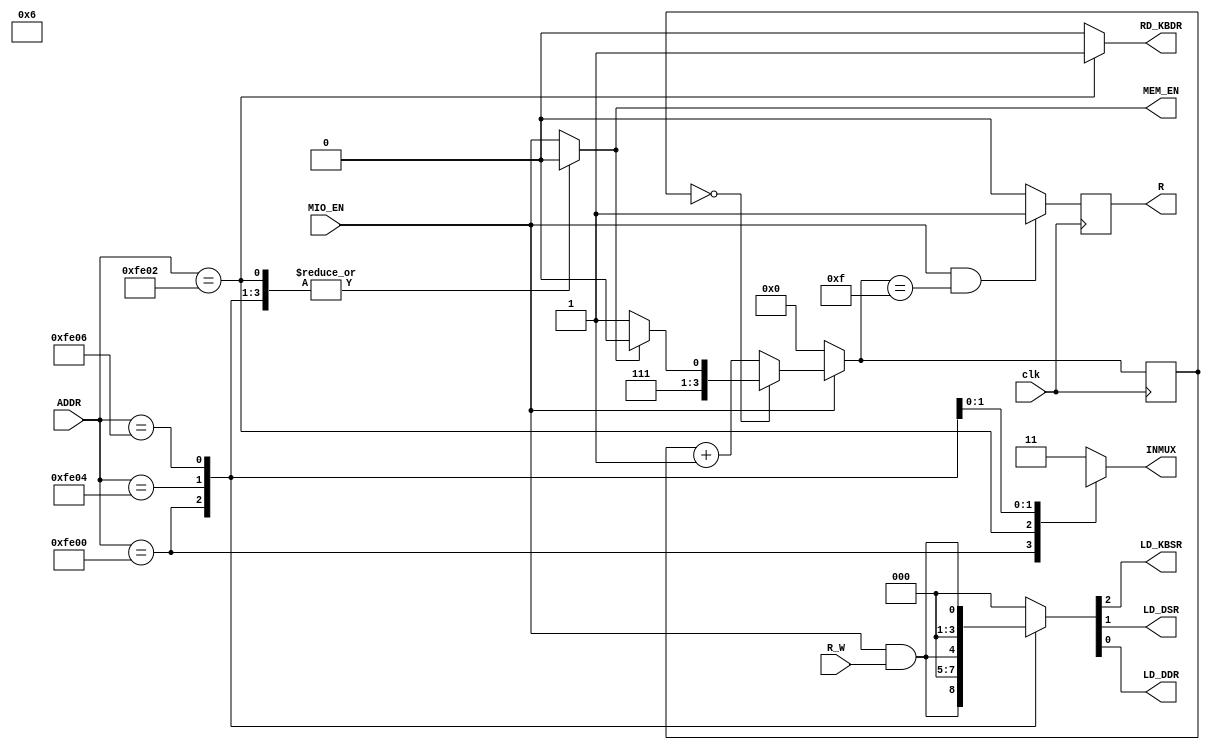
`timescale 1ns / 1ps
//////////////////////////////////////////////////////////////////////////////////
// Company: 
// Engineer: 
// 
// Design Name: 
// Module Name:    LC3_MIO_ADDRCTL 
// Project Name: 
// Target Devices: 
// Tool versions: 
// Description: 
//
// Dependencies: 
//
// Revision: 
// Revision 0.01 - File Created
// Additional Comments: 
//
//////////////////////////////////////////////////////////////////////////////////
module LC3_MIO_ADDRCTL(
		input						clk,
		input			[15:0]	ADDR,
		input						MIO_EN,
		input						R_W,
		
		output	reg[1:0]		INMUX,
		output	reg			MEM_EN,
		output	reg			LD_KBSR,
		output	reg			LD_DSR,
		output	reg			LD_DDR,
		output	reg			RD_KBDR,
		output	reg			R
		
    );
		wire		WR;
		assign	WR=MIO_EN&R_W;
		parameter	
			ADDR_KBSR=16'hfe00,
			ADDR_KBDR=16'hfe02,
			ADDR_DSR= 16'hfe04,
			ADDR_DDR= 16'hfe06;
		always@(*) begin
			case (ADDR)
				ADDR_KBSR:
					begin
						INMUX=2'b00;
						{LD_KBSR,LD_DSR,LD_DDR}={WR,1'b0,1'b0};
						MEM_EN=1'b0;
						RD_KBDR=1'b0;
					end
				ADDR_KBDR:
					begin
						INMUX=2'b01;
						{LD_KBSR,LD_DSR,LD_DDR}=3'b0;
						MEM_EN=1'b0;
						RD_KBDR=1'b1;
					end
				ADDR_DSR:
					begin
						INMUX=2'b10;
						{LD_KBSR,LD_DSR,LD_DDR}={1'b0,WR,1'b0};
						MEM_EN=1'b0;
						RD_KBDR=1'b0;
					end
				ADDR_DDR:
					begin
						INMUX=2'bxx;
						{LD_KBSR,LD_DSR,LD_DDR}={1'b0,1'b0,WR};
						MEM_EN=1'b0;
						RD_KBDR=1'b0;
					end
				default:
					begin
						INMUX=2'b11;
						{LD_KBSR,LD_DSR,LD_DDR}=3'b0;
						MEM_EN=MIO_EN;
						RD_KBDR=1'b0;
					end
			endcase
		end
					
/*READY	SIGNAL*/
		reg	[3:0]		cs;
		reg	[3:0]		ns;
		always@(*)	begin
			if(!MIO_EN)
				ns=4'd0;
			else if(cs==0)	begin
				if(MEM_EN)
					ns=4'd14;
				else
					ns=4'd15;
			end
			else 
				ns=cs+1;
		end
		
		always@(posedge	clk)	begin
			cs<=ns;
		end
		
		always@(posedge	clk)	begin
			if(MIO_EN&(ns==4'd15))
				R<=1'b1;
			else
				R<=1'b0;
		end	


endmodule